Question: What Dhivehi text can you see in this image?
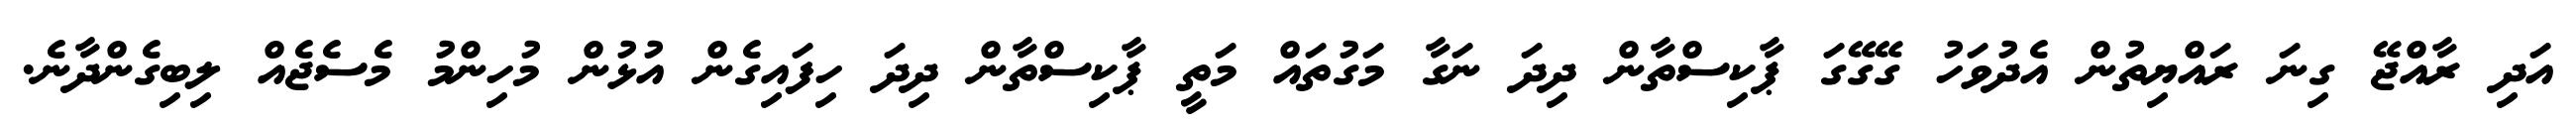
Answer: އަދި ރާއްޖޭ ގިނަ ރައްޔިތުން އެދުވަހު ގޭގޭގަ ޕާކިސްތާން ދިދަ ނަގާ މަގުތައް މަތީ ޕާކިސްތާން ދިދަ ހިފައިގެން އުޅުން މުހިންމު މެސެޖެއް ލިބިގެންދާނެ.